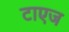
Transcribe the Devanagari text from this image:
टाएज